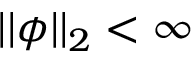
| | \phi | | _ { 2 } < \infty